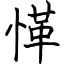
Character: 愅